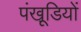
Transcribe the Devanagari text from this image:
पंखूडि़यों